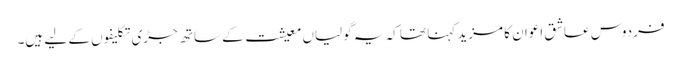
فردوس عاشق اعوان کا مزید کہنا تھا کہ یہ گولیاں معیشت کے ساتھ جڑی تکلیفوں کے لیے ہیں۔